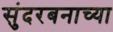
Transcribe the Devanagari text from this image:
सुंदरबनाच्या